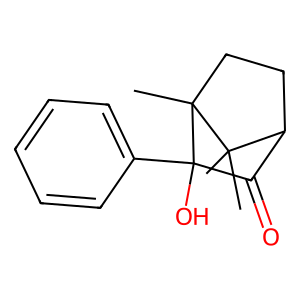
SMILES: CC1(C)C2CCC1(C)C(O)(c1ccccc1)C2=O
Inhibits HIV replication: No